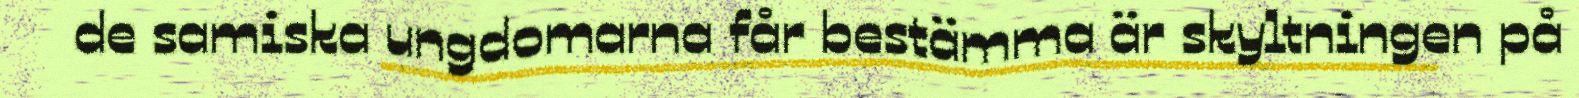
de samiska ungdomarna får bestämma är skyltningen på